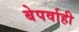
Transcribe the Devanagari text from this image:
बेपर्वाही